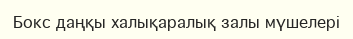
Бокс даңқы халықаралық залы мүшелері